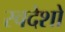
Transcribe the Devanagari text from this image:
स्वदेशो